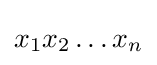
x_{1}x_{2}\dots x_{n}